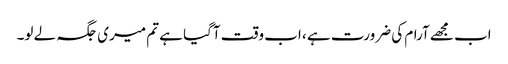
اب مجھے آرام کی ضرورت ہے ، اب وقت آگیا ہے تم میری جگہ لے لو۔